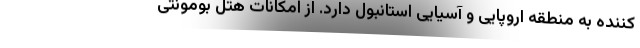
کننده به منطقه اروپایی و آسیایی استانبول دارد. از امکانات هتل بومونتی